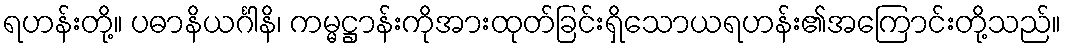
ရဟန်းတို့။ ပဓာနိယင်္ဂါနိ၊ ကမ္မဋ္ဌာန်းကိုအားထုတ်ခြင်းရှိသောယရဟန်း၏အကြောင်းတို့သည်။